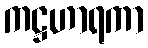
ကဋ္ဌဟာရကာ